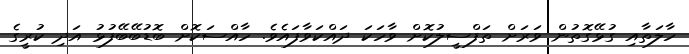
ހާލަތާއި ގުޅޭގޮތުން ވަރަށް ތަފްސީލުކޮށް ވާހަކަ ދައްކަވާފައެވެ. ހާއްސަކޮށް ބޮޑުބޭބޭފުޅު އަދި ކުރީގެ